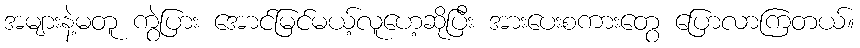
အများနဲ့မတူ ကွဲပြား အောင်မြင်မယ့်လူဟေ့ဆိုပြီး အားပေးစကားတွေ ပြောလာကြတယ်။